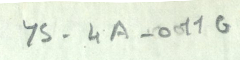
YS-4A--011G